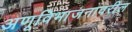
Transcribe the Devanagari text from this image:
अणूविभाजनावरील